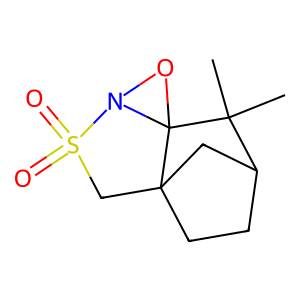
SMILES: CC1(C)C2CCC3(C2)CS(=O)(=O)N2OC231
Inhibits HIV replication: No